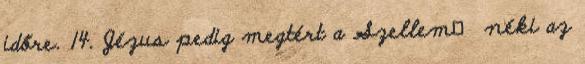
időre. 14. Jézus pedig megtért a Szellem− néki az